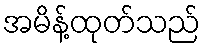
အမိန့်ထုတ်သည်